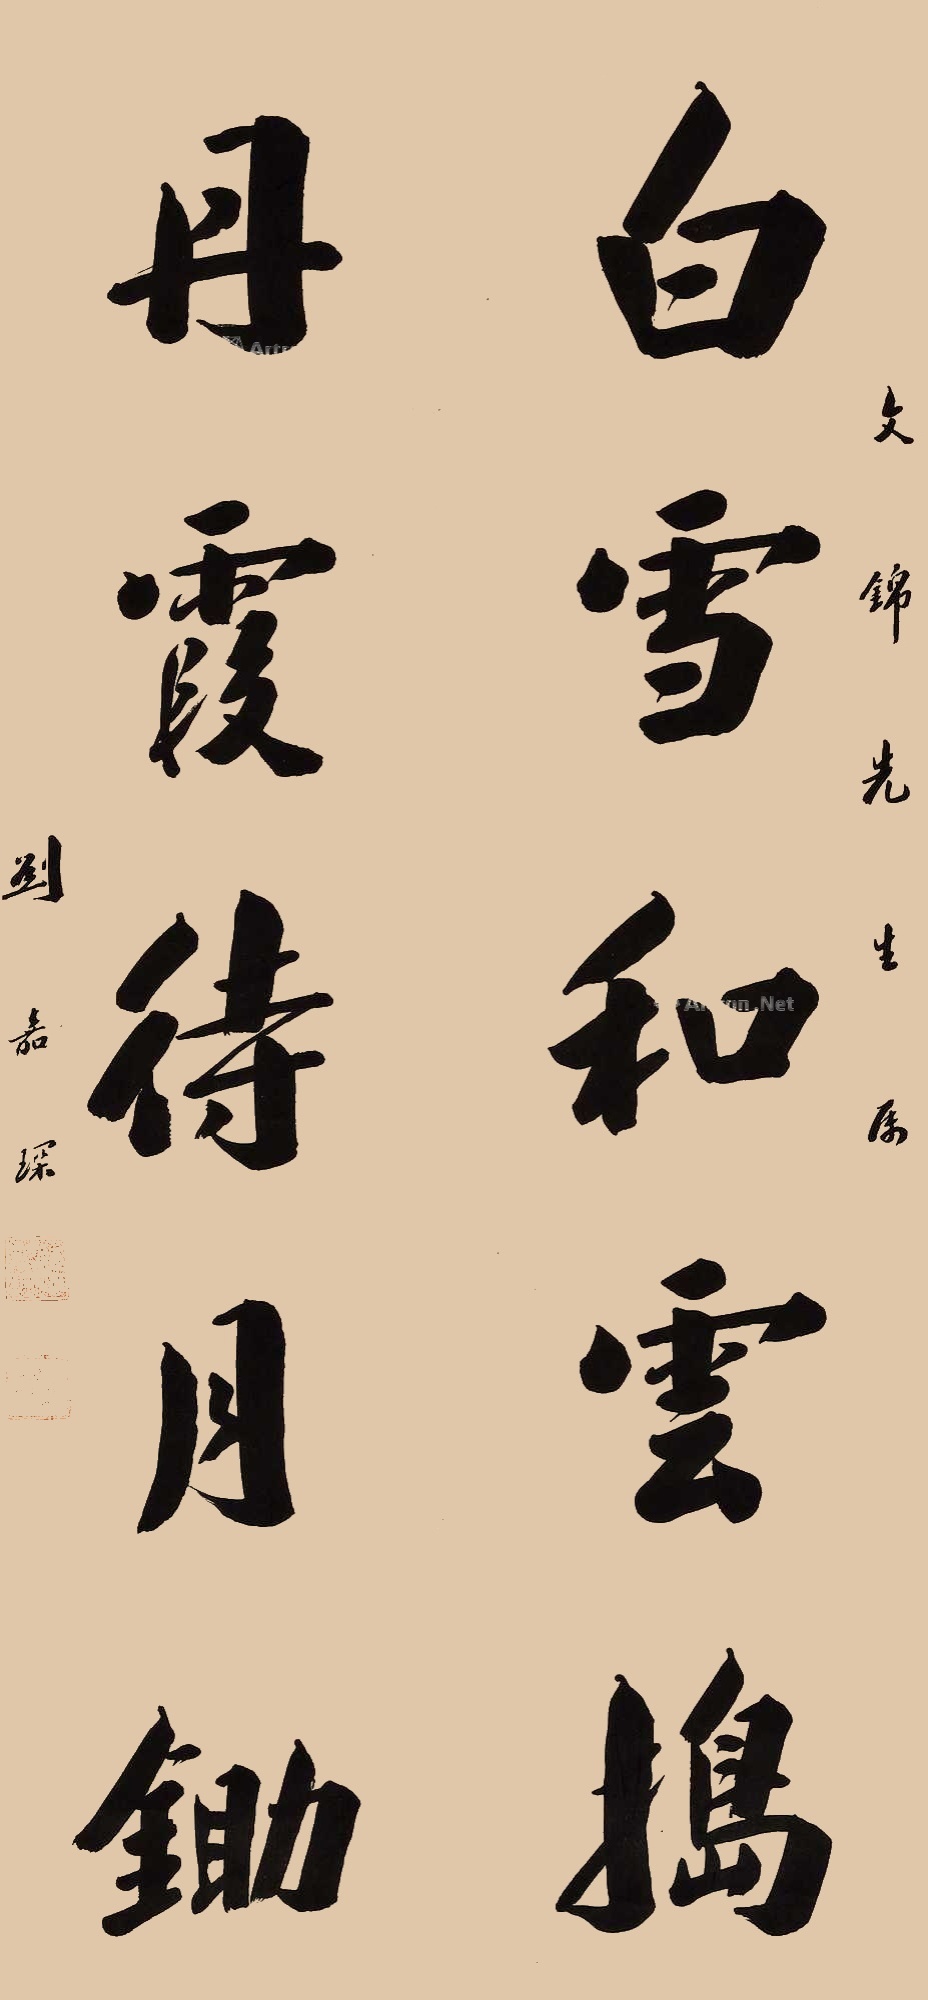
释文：白雪和云捣，丹霞待月锄。文锦先生属。刘嘉深。